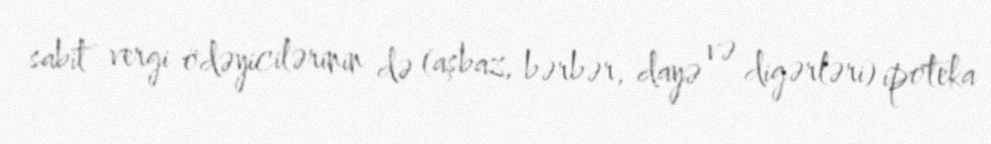
sabit vergi ödəyicilərinin də (aşbaz, bərbər, dayə və digərləri) ipoteka